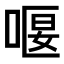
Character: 𠸯